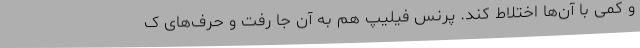
و کمی با آن‌ها اختلاط کند. پرنس فیلیپ هم به آن جا رفت و حرف‌های ک